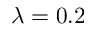
\lambda = 0 . 2